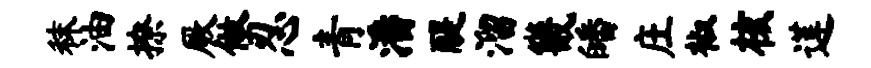
秣油撩厥做忍青潘醍溜畿皤庄椒核莲